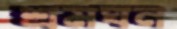
শ্রমঘন